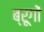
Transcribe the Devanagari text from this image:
ब्रूगों